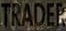
TRADER